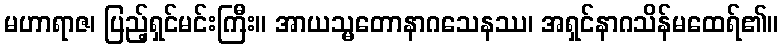
မဟာရာဇ၊ ပြည့်ရှင်မင်းကြီး။ အာယသ္မတောနာဂသေနဿ၊ အရှင်နာဂသိန်မထေရ်၏။